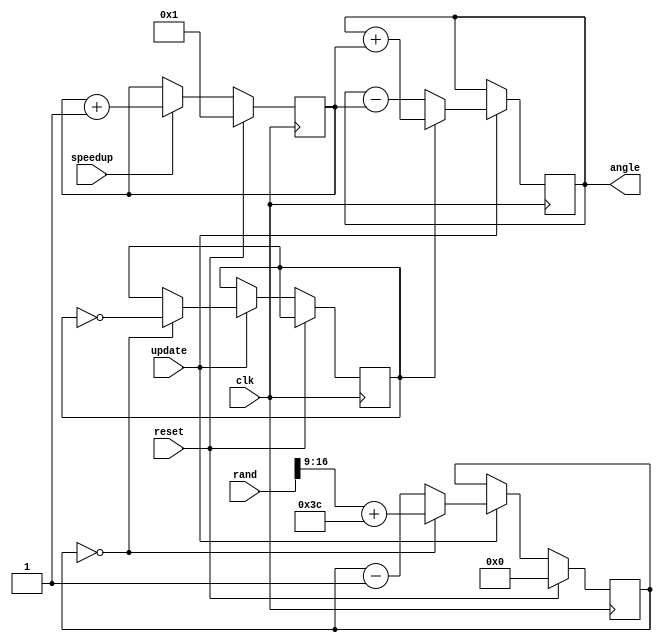
// Controls speed and direction of spin of playfield
module spin_controller(
	input clk,
	input reset,
	input [63:0]rand,
	input update,
	input speedup,
	output reg [9:0]angle
);

reg [9:0]speed;
reg [8:0]alternate_timer;
reg direction;

always @(posedge clk) begin
	if(reset) begin
		speed <= 10'd1;
	end else if(speedup) begin
		speed <= speed + 10'd1;
	end
end

always @(posedge clk) begin
	if(reset) begin
		alternate_timer <= 9'd0;
	end else if(update) begin
		if(alternate_timer==9'd0) begin
			alternate_timer <= rand[16:9] + 9'd60;
			direction = !direction;
		end else begin
			alternate_timer <= alternate_timer - 9'd1;
		end
	end
end

always @(posedge clk) begin
	if(update) begin
		if(direction) begin
			angle <= angle + speed;
		end else begin
			angle <= angle - speed;
		end
	end
end

endmodule